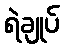
ရဲချုပ်